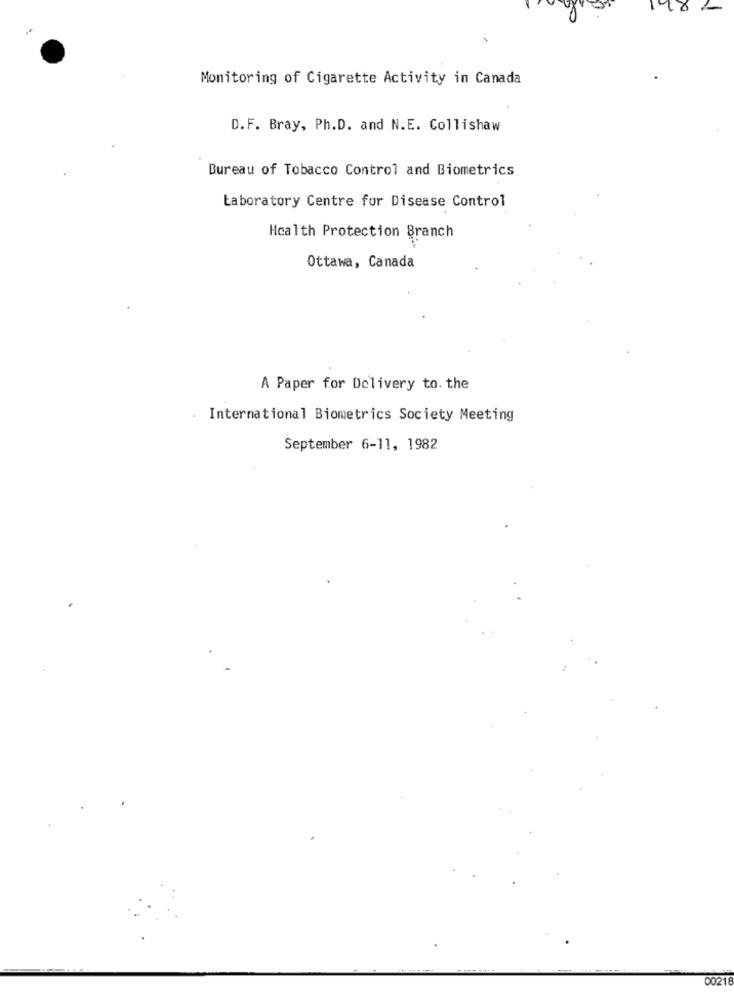
Monitoring of Cigarette Activity in Canada
D.F. Bray, Ph.D. and N.E. Collishaw
Bureau of Tobacco Control and Biometrics
Laboratory Centre for Disease Control
Health Protection Branch
Ottawa, Canada
A Paper for Delivery to. the
International Biometrics Society Meeting
September 6-11, 1982
00218